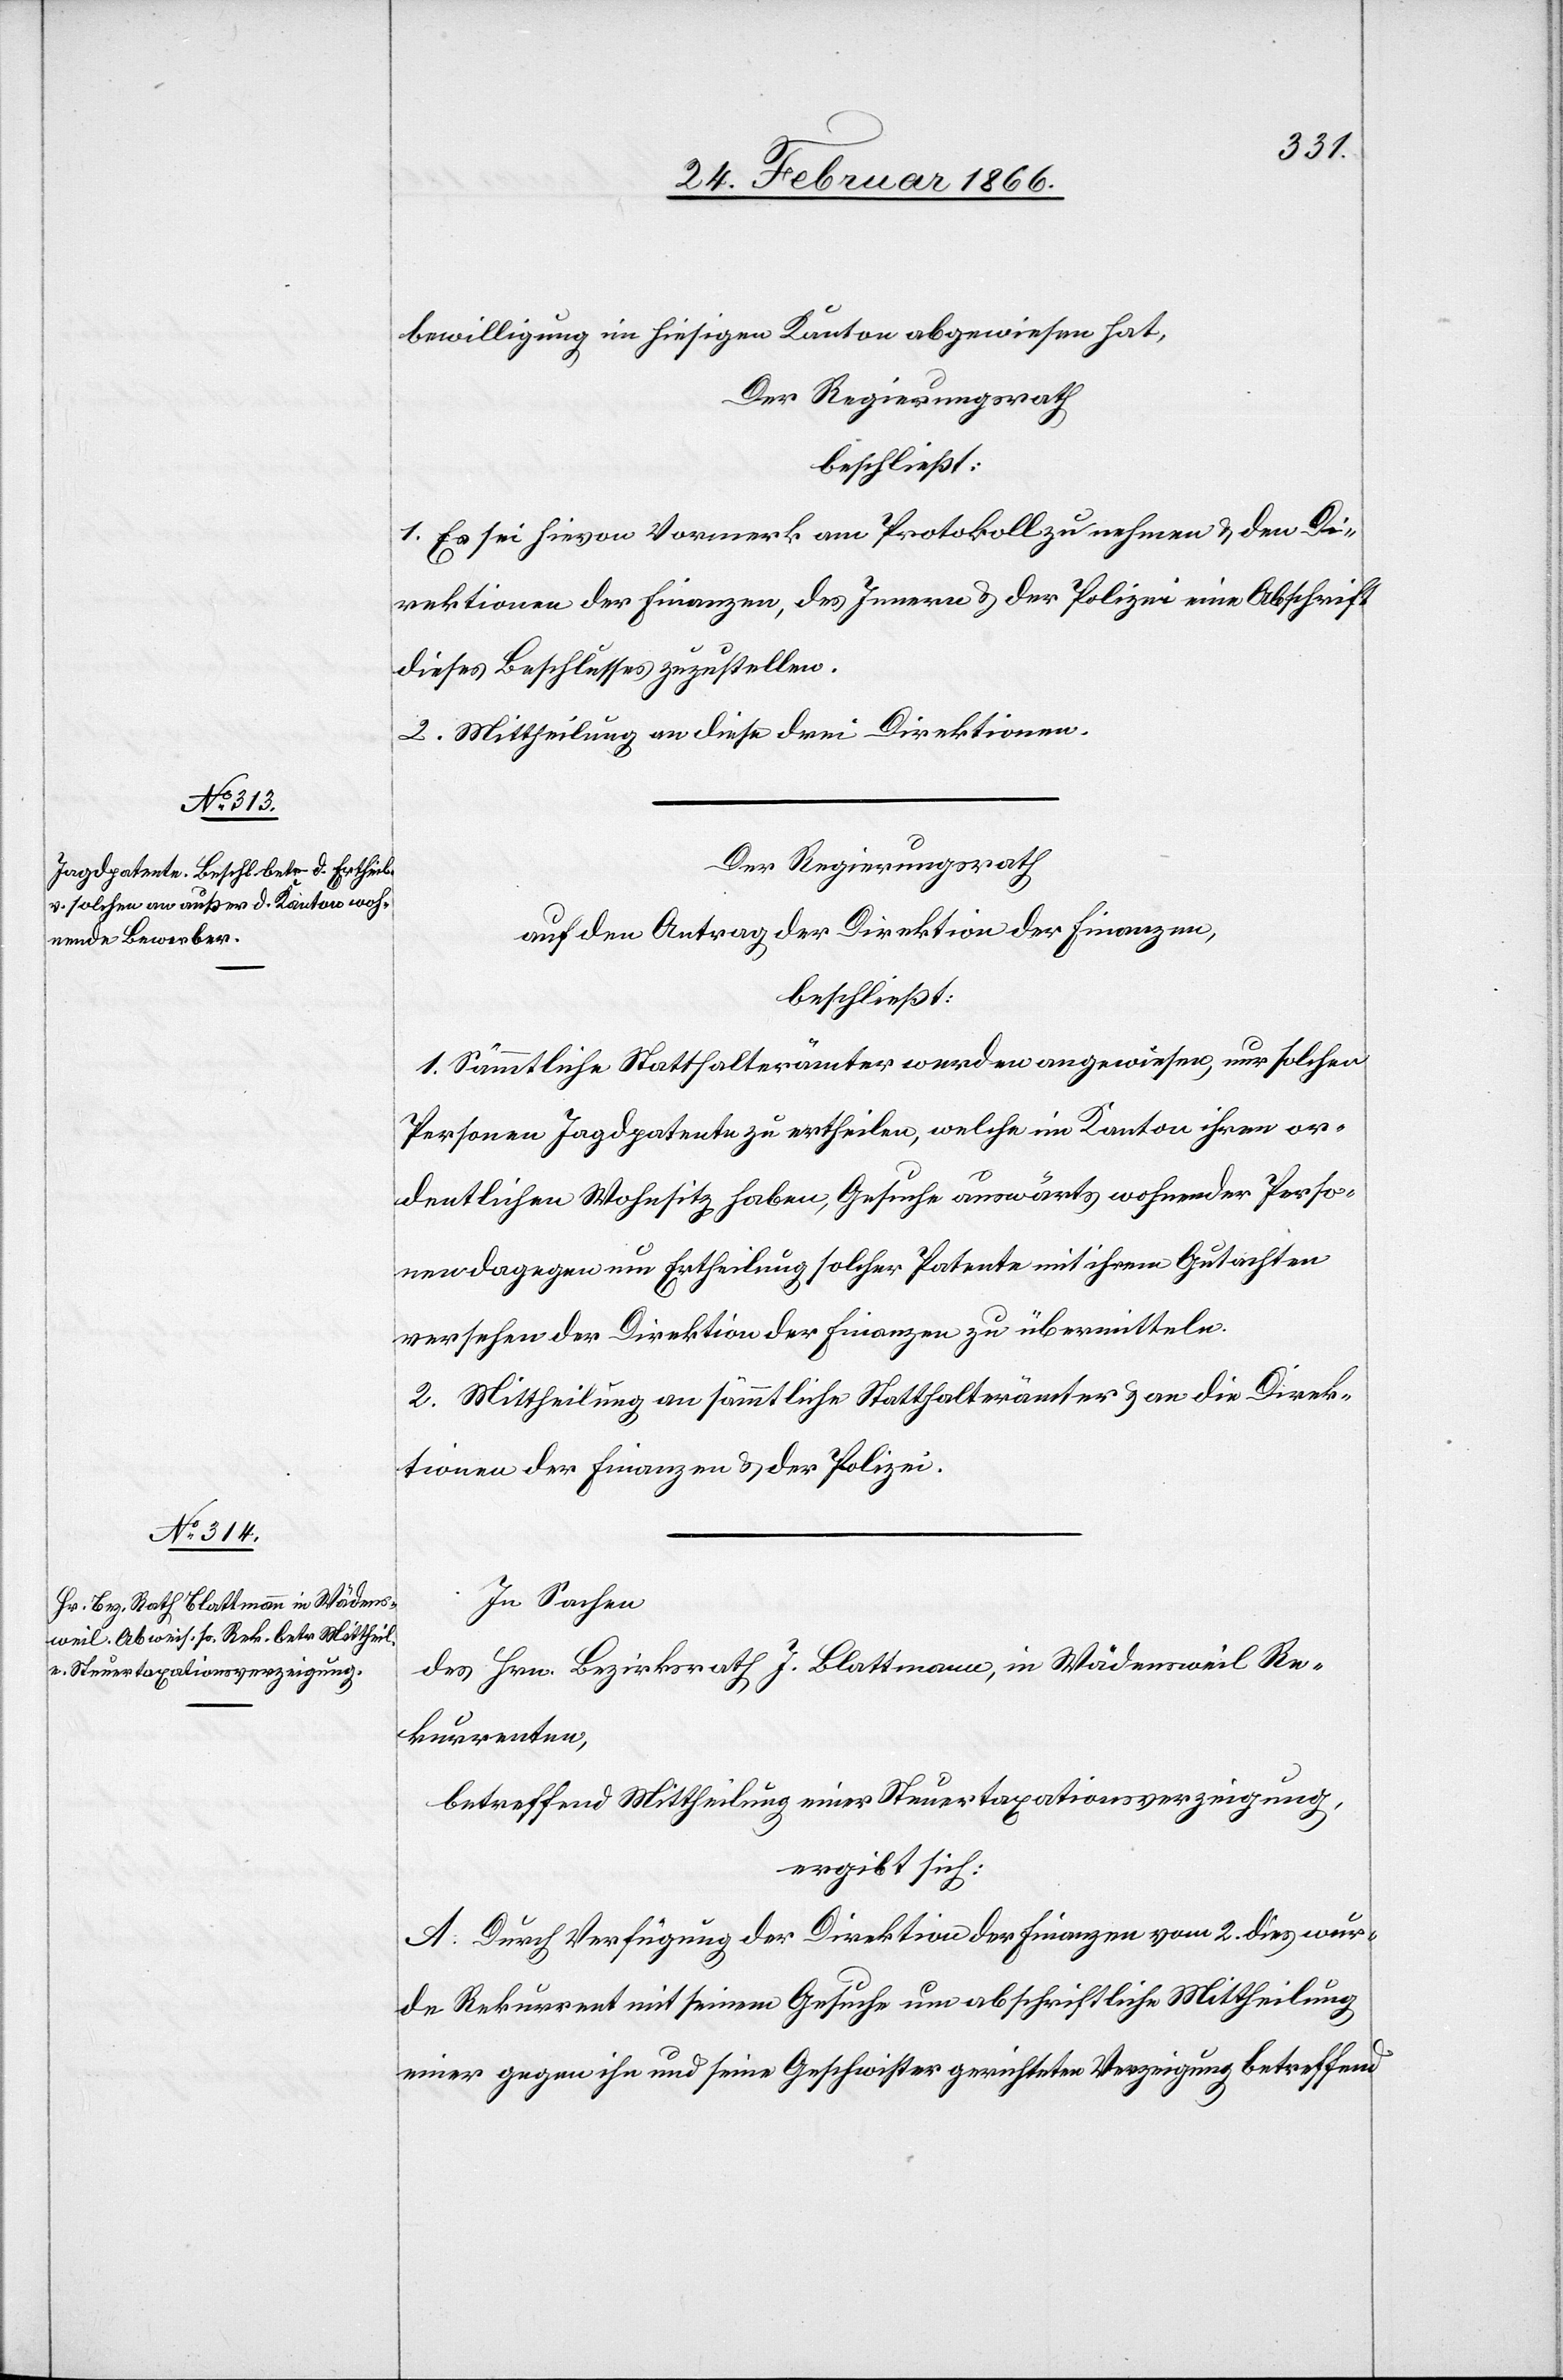
bewilligung im hiesigen Kanton abgewiesen hat.
Der Regierungsrath,
beschließt:
1. Es sei hievon Vormerk am Protokoll zu nehmen u. den Di¬
rektionen der Finanzen, des Innern u. der Polizei eine Abschrift
dieses Beschlusses zuzustellen.
2. Mittheilung an diese drei Direktionen.
Der Regierungsrath
auf den Antrag der Direktion der Finanzen,
beschließt:
1. Sämmtliche Statthalterämter werden angewiesen, nur solchen
Personen Jagdpatente zu ertheilen, welche im Kanton ihren or¬
dentlichen Wohnsitz haben, Gesuche auswärts wohnender Perso¬
nen dagegen um Ertheilung solcher Patente mit ihrem Gutachten
versehen der Direktion der Finanzen zu übermitteln.
2. Mittheilung an sämmtliche Statthalterämter u. an die Direk¬
tionen der Finanzen u. der Polizei.
In Sachen
des Hrn. Bezirksrath J. Blattmann, in Wädensweil Re¬
kurrenten,
betreffend Mittheilung einer Steuertaxationsverzeigung,
ergibt sich:
A. Durch Verfügung der Direktion der Finanzen vom 2. dieß wur¬
de Rekurrent mit seinem Gesuche um abschriftliche Mittheilung
einer gegen ihn und seine Geschwister gerichteten Verzeigung betreffend